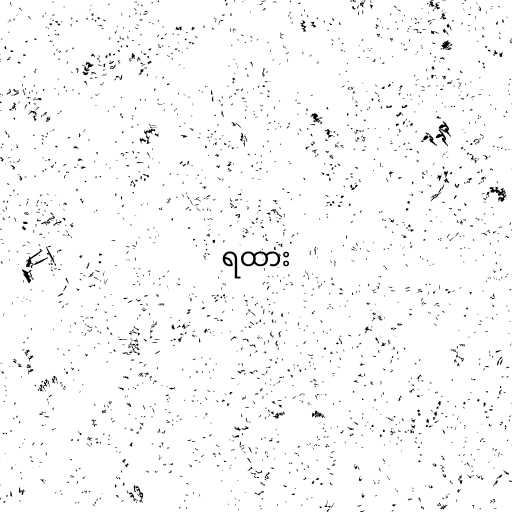
ရထား